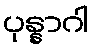
ပုန္နာဂါ